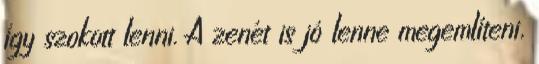
így szokott lenni. A zenét is jó lenne megemlíteni,